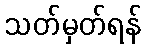
သတ်မှတ်ရန်